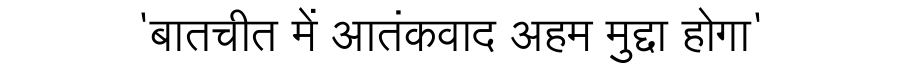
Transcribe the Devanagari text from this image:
'बातचीत में आतंकवाद अहम मुद्दा होगा'